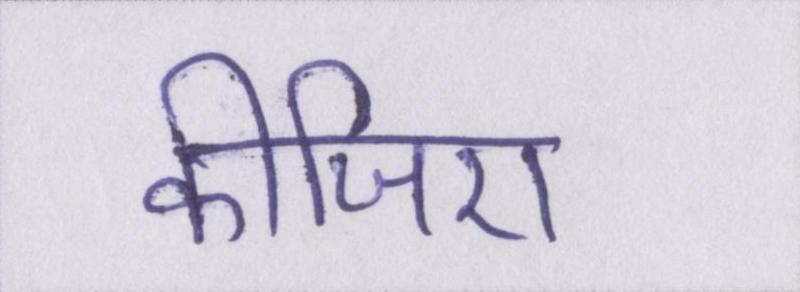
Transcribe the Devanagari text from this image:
कीजिए